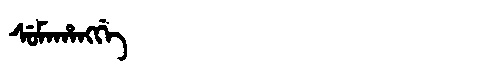
Manchu: ᠰᡠᠮᠠᡥᠠᠩᡤᡝ
Romanization: SUMAHANGGE